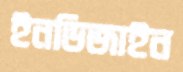
ইনডিজাইন